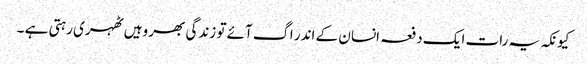
کیونکہ یہ رات ایک دفعہ انسان کے اندر اگ آئے تو زندگی بھر وہیں ٹھہری رہتی ہے ۔